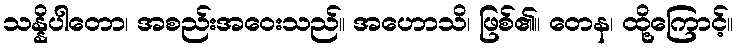
သန္နိပါတော၊ အစည်းအဝေးသည်။ အဟောသိ၊ ဖြစ်၏။ တေန၊ ထို့ကြောင့်။